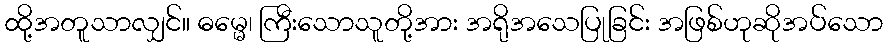
ထို့အတူသာလျှင်။ ဓမ္မေ၊ ကြီးသောသူတို့အား အရိုအသေပြုခြင်း အဖြစ်ဟုဆိုအပ်သော